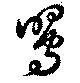
鶯